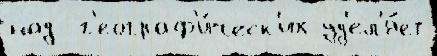
над  г'еограф'и́ческ'их уд'ел'я́ет